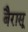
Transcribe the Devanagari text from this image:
बैरासू